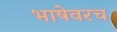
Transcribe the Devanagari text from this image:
भाषेवरच